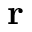
\mathbf { r }